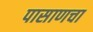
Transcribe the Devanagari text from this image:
पासाणचा